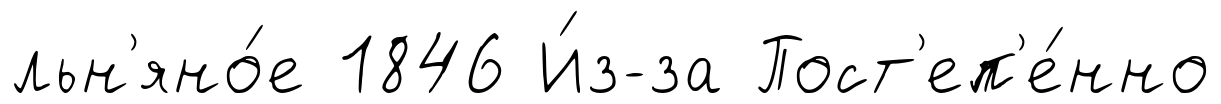
льн'яно́е 1846 И́з-за Пост'еп'е́нно